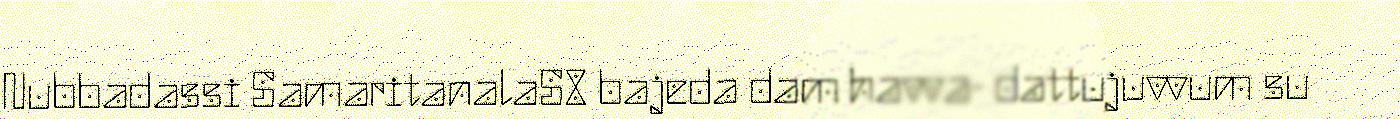
Nubbadassi SamaritanalaS8 bajeda dam havva- dattujuvvum su